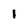
Character: l